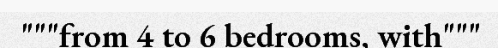
"""from 4 to 6 bedrooms, with"""